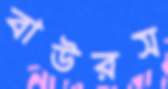
বাউরস